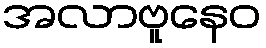
အလာဗူနေဝ